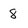
Character: 8